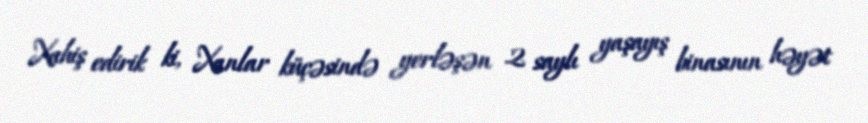
Xahiş edirik ki, Xanlar küçəsində yerləşən 2 saylı yaşayış binasının həyət